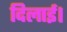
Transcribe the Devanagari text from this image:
दिलाई।